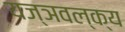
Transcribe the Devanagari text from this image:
यज्ञवल्क्य